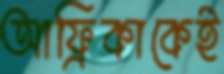
আফ্রিকাকেই